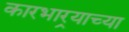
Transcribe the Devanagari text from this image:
कारभार्‍याच्या